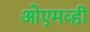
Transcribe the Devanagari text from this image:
ओएमव्ही